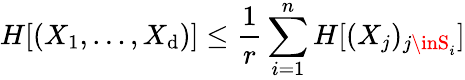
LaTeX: H[(X_{1},\dots,X_{\mathrm{d}})]\leq{\frac{{1}}{{r}}}\sum_{i=1}^{n}H[(X_{j})_{j\inS_{i}}]